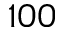
1 0 0